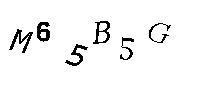
M65B5G